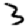
Digit: 3